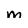
Character: m